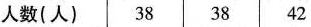
人数（人） 38 38 42